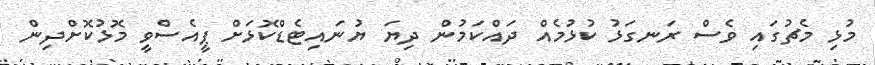
މުޅި މެޗުގައި ވެސް ރަނގަޅު ކުޅުމެއް ދައްކަމުން ދިޔަ ޔުނައިޓެޑްކޮޅަށް ޕީއެސްވީ މޮޅުކޮށްދިން